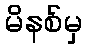
မိနစ်မှ